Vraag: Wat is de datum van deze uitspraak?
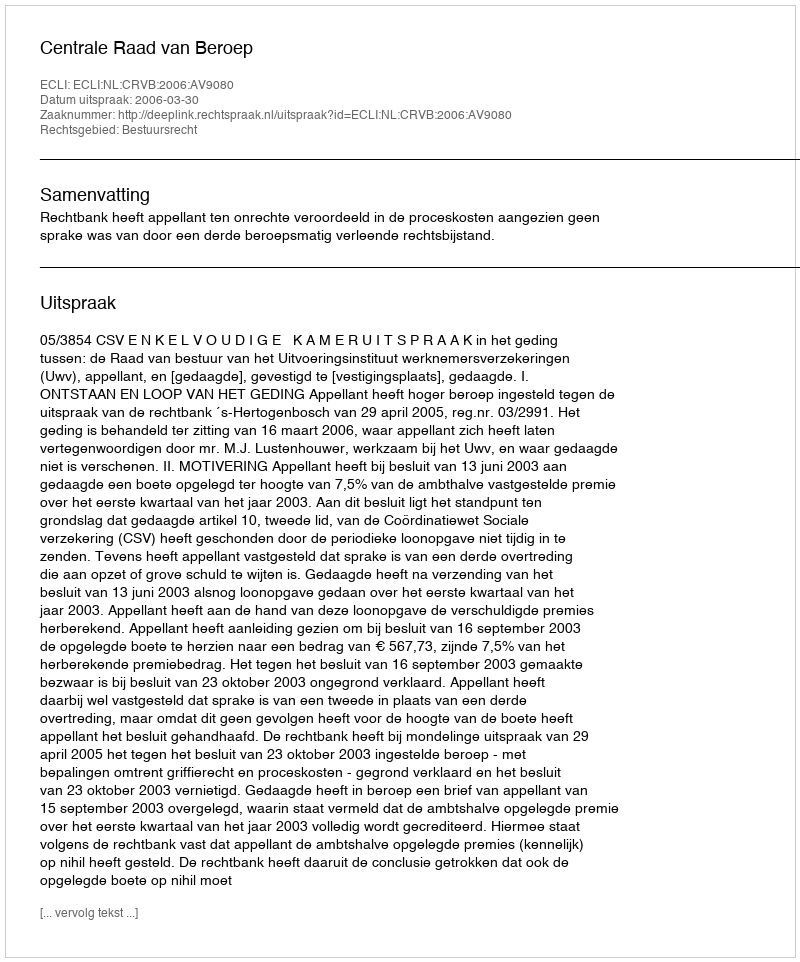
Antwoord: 2006-03-30